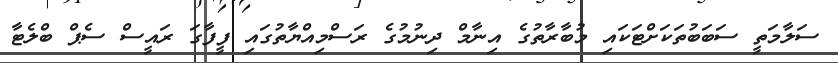
ސަލާމަތީ ސަބަބުތަކަށްޓަކައި މުބާރާތުގެ އިނާމް ދިނުމުގެ ރަސްމިއްޔާތުގައި ފީފާގަ ރައީސް ސެޕް ބްލެޓާ